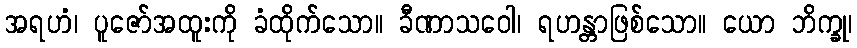
အရဟံ၊ ပူဇော်အထူးကို ခံထိုက်သော။ ခီဏာသဝေါ၊ ရဟန္တာဖြစ်သော။ ယော ဘိက္ခု၊